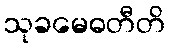
သုခမေဓတီတိ